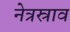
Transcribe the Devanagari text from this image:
नेत्रस्राव